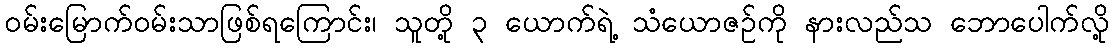
ဝမ်းမြောက်ဝမ်းသာဖြစ်ရကြောင်း၊ သူတို့ ၃ ယောက်ရဲ့ သံယောဇဉ်ကို နားလည်သ ဘောပေါက်လို့